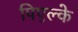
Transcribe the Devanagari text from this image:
पिएल्के